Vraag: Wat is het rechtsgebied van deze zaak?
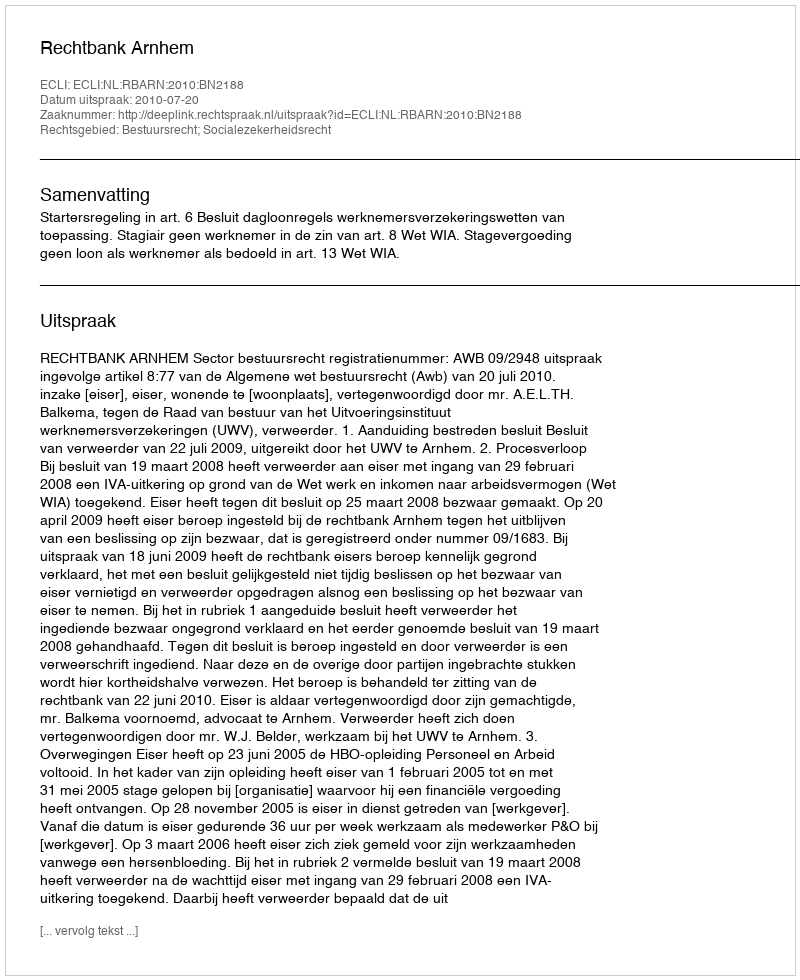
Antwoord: Bestuursrecht; Socialezekerheidsrecht